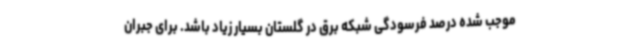
موجب شده درصد فرسودگی شبکه برق در گلستان بسیار زیاد باشد. برای جبران